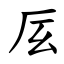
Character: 㕄